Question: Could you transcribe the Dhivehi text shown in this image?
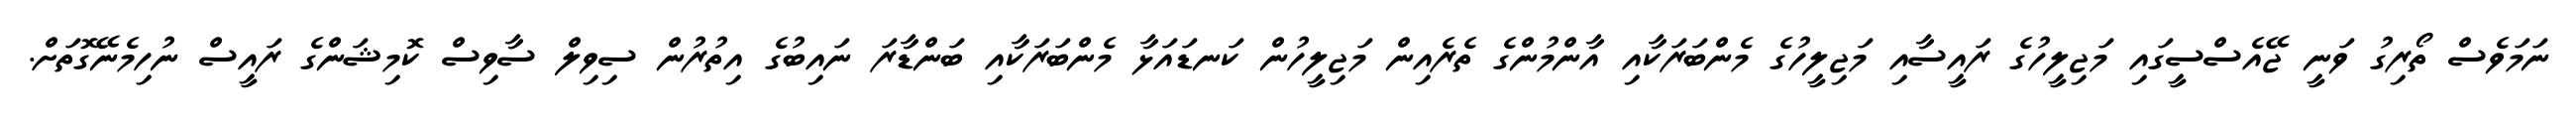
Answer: ނަމަވެސް ތޯރިގު ވަނީ ޖޭއެސްސީގައި މަޖިލީހުގެ ރައީސާއި މަޖިލީހުގެ މެންބަރަކާއި އާންމުންގެ ތެރެއިން މަޖިލީހުން ކަނޑައަޅާ މެންބަރަކާއި ބަންޑާރަ ނައިބުގެ އިތުރުން ސިވިލް ސާވިސް ކޮމިޝަންގެ ރައީސް ނުހިމެނޭގޮތަށް.